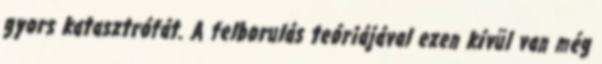
gyors katasztrófát. A felborulás teóriájával ezen kívül van még